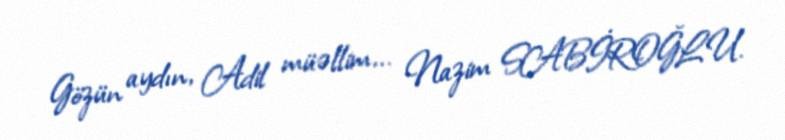
Gözün aydın, Adil müəllim... Nazim SABİROĞLU.